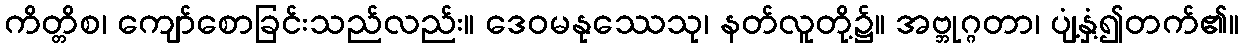
ကိတ္တိစ၊ ကျော်စောခြင်းသည်လည်း။ ဒေဝမနုဿေသု၊ နတ်လူတို့၌။ အဗ္ဘုဂ္ဂတာ၊ ပျံ့နှံ့၍တက်၏။